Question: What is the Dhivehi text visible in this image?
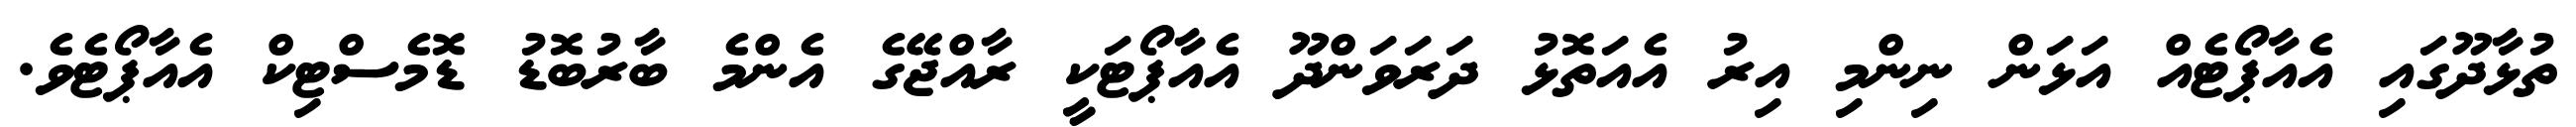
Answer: ތުޅާދޫގައި އެއާޕޯޓެއް އަޅަން ނިންމި އިރު އެއަތޮޅު ދަރަވަންދޫ އެއާޕޯޓަކީ ރާއްޖޭގެ އެންމެ ބާރުބޮޑު ޑޮމެސްޓިކް އެއާޕޯޓެވެ.